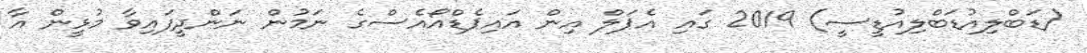
(ޑަބްލިއުޑަބްލިއުޑީސީ) 2019 ގައި އެޕަލް އިން އައިޕެޑްއޯއެސްގެ ނަމުން ނަންދީފައިވާ މުޅީން އާ